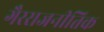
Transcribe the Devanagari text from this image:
गैरराजनीतिक